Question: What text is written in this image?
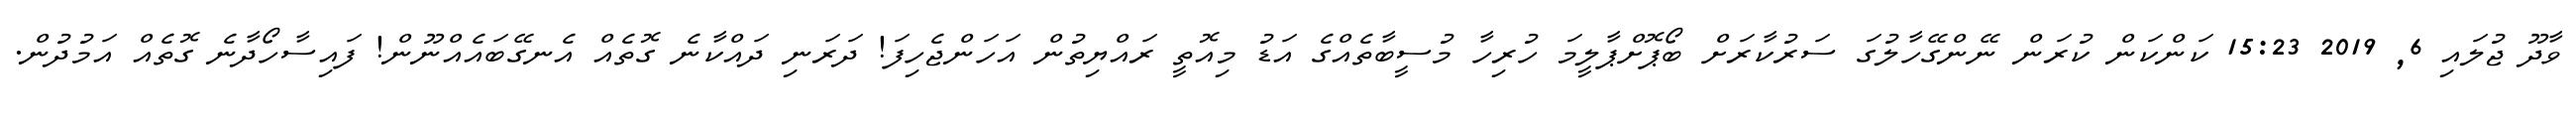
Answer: ވާދޫ ޖުލައި 6, 2019 15:23 ކަންކަން ކުރަން ނޭންގޭހާލުގަ ސަރުކާރަށް ބޯޕޮށްޕާލީމަ ހުރިހާ މުސީބާތެއްގެ އަޑު މިއޮތީ ރައްޔިތުން އަހަންޖެހިފަ! ދަރަނި ދައްކާނެ ގޮތެއް އެނގޭބައެއްނޫން! ފައިސާހޯދާނެ ގޮތެއް އަމުދުން.